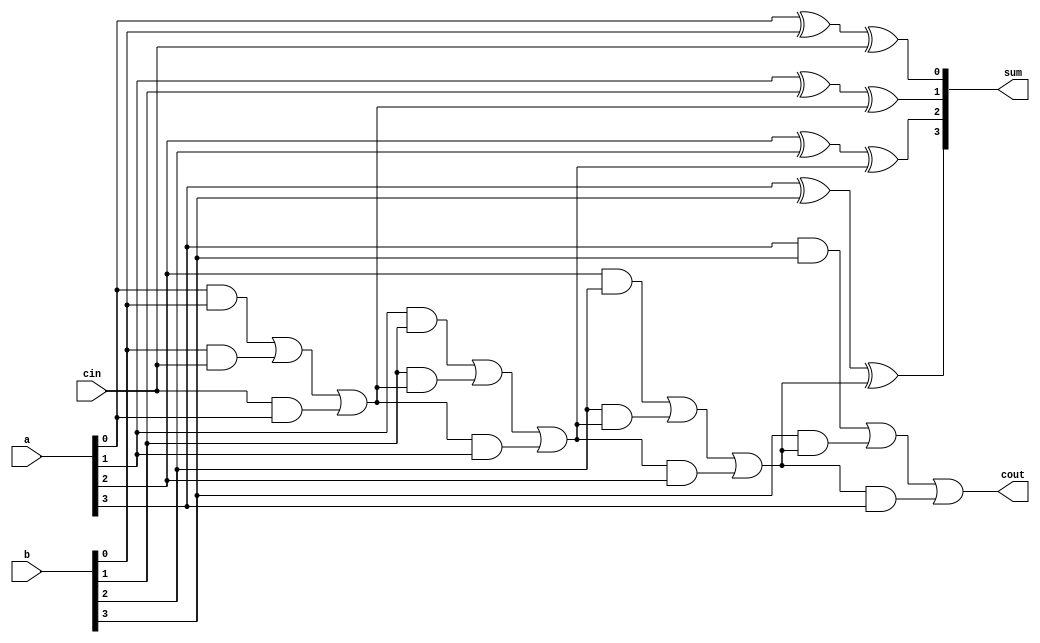
module fa4 (
    input [3:0] a,
    input [3:0] b,
    input cin,
    output reg [3:0] sum,
    output reg cout
);
    reg c1, c2, c3;

    task fa;
        input a, b, cin;
        output sum, carry;
        begin
            sum = a ^ b ^ cin;
            carry = (a & b) | (b & cin) | (cin & a);
        end
    endtask

    always @* begin
        fa(a[0], b[0], cin, sum[0], c1);
        fa(a[1], b[1], c1, sum[1], c2);
        fa(a[2], b[2], c2, sum[2], c3);
        fa(a[3], b[3], c3, sum[3], cout);
    end
endmodule